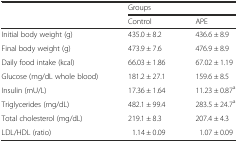
<table><thead><tr><td rowspan="2"></td><td colspan="2"><b>Groups</b></td></tr><tr><td><b>Control</b></td><td><b>APE</b></td></tr></thead><tbody><tr><td>Initial body weight (g)</td><td>435.0 ± 8.2</td><td>436.6 ± 8.9</td></tr><tr><td>Final body weight (g)</td><td>473.9 ± 7.6</td><td>476.9 ± 8.9</td></tr><tr><td>Daily food intake (kcal)</td><td>66.03 ± 1.86</td><td>67.02 ± 1.19</td></tr><tr><td>Glucose (mg/dL whole blood)</td><td>181.2 ± 27.1</td><td>159.6 ± 8.5</td></tr><tr><td>Insulin (mU/L)</td><td>17.36 ± 1.64</td><td>11.23 ± 0.87<sup>a</sup></td></tr><tr><td>Triglycerides (mg/dL)</td><td>482.1 ± 99.4</td><td>283.5 ± 24.7<sup>a</sup></td></tr><tr><td>Total cholesterol (mg/dL)</td><td>219.1 ± 8.3</td><td>207.4 ± 4.3</td></tr><tr><td>LDL/HDL (ratio)</td><td>1.14 ± 0.09</td><td>1.07 ± 0.09</td></tr></tbody></table>